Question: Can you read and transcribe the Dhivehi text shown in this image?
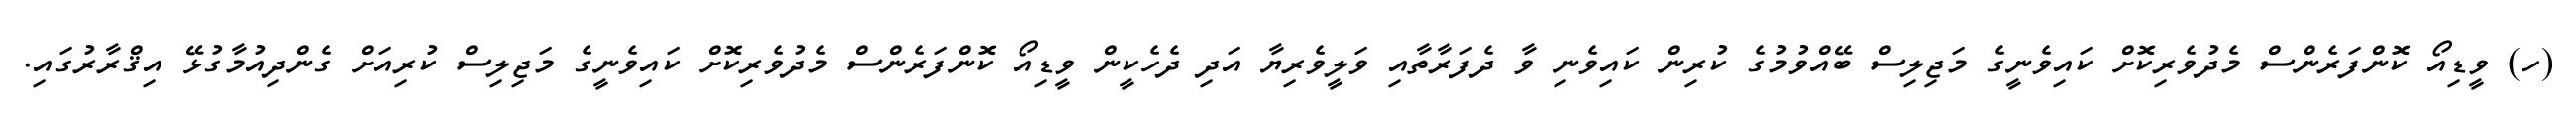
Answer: (ހ) ވީޑިއޯ ކޮންފަރެންސް މެދުވެރިކޮށް ކައިވެނީގެ މަޖިލިސް ބޭއްވުމުގެ ކުރިން ކައިވެނި ވާ ދެފަރާތާއި ވަލީވެރިޔާ އަދި ދެހެކީން ވީޑިއޯ ކޮންފަރެންސް މެދުވެރިކޮށް ކައިވެނީގެ މަޖިލިސް ކުރިއަށް ގެންދިއުމާގުޅޭ އިޤްރާރުގައި.